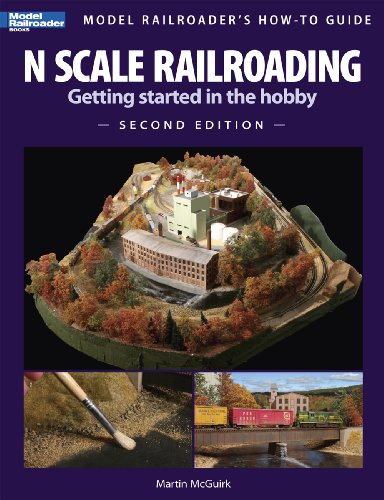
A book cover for N Scale Railroading: Getting Started in the Hobby, Second Edition (Model Railroader's How-To Guides); Martin McGuirk; Crafts, Hobbies & Home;